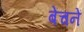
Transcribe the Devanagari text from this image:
बेंचनें